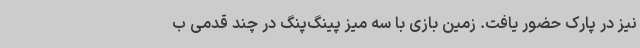
نیز در پارک حضور یافت. زمین بازی با سه میز پینگ‌پنگ در چند قدمی ب